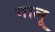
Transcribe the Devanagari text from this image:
गालू